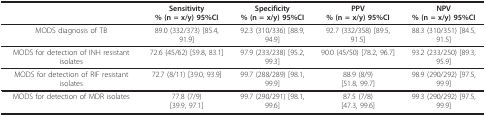
|  | Sensitivity% (n = x/y) 95%CI | Specificity% (n = x/y) 95%CI | PPV% (n = x/y) 95%CI | NPV% (n = x/y) 95%CI |
 | --- | --- | --- | --- | --- |
 | MODS diagnosis of TB | 89.0 (332/373) [85.4, 91.9] | 92.3 (310/336) [88.9, 94.9] | 92.7 (332/358) [89.5, 91.5] | 88.3 (310/351) [84.5, 91.5] |
 | MODS for detection of INH resistant isolates | 72.6 (45/62) [59.8, 83.1] | 97.9 (233/238) [95.2, 99.3] | 90.0 (45/50) [78.2, 96.7] | 93.2 (233/250) [89.3, 95.9] |
 | MODS for detection of RIF resistant isolates | 72.7 (8/11) [39.0, 93.9] | 99.7 (288/289) [98.1, 99.9] | 88.9 (8/9)[51.8, 99.7] | 98.9 (290/292) [97.5, 99.9] |
 | MODS for detection of MDR isolates | 77.8 (7/9)[39.9, 97.1] | 99.7 (290/291) [98.1, 99.6] | 87.5 (7/8)[47.3, 99.6] | 99.3 (290/292) [97.5, 99.9] |